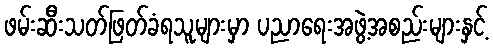
ဖမ်းဆီးသတ်ဖြတ်ခံရသူများမှာ ပညာရေးအဖွဲ့အစည်းများနှင့်